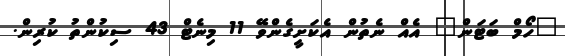
"ހޯމް ބަޓަން" އެއް ނެތުން އެކަށީގެންވޭ 11 މިނެޓް 43 ސިކުންތު ކުރިން.